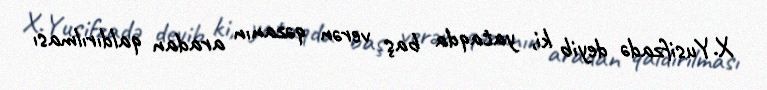
X.Yusifzadə deyib ki, yataqda baş verən qəzanın aradan qaldırılması